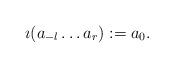
LaTeX: \begin{align*} \imath(a_{-l}\ldots a_{r}) := a_0 .\end{align*}